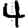
Digit: 4